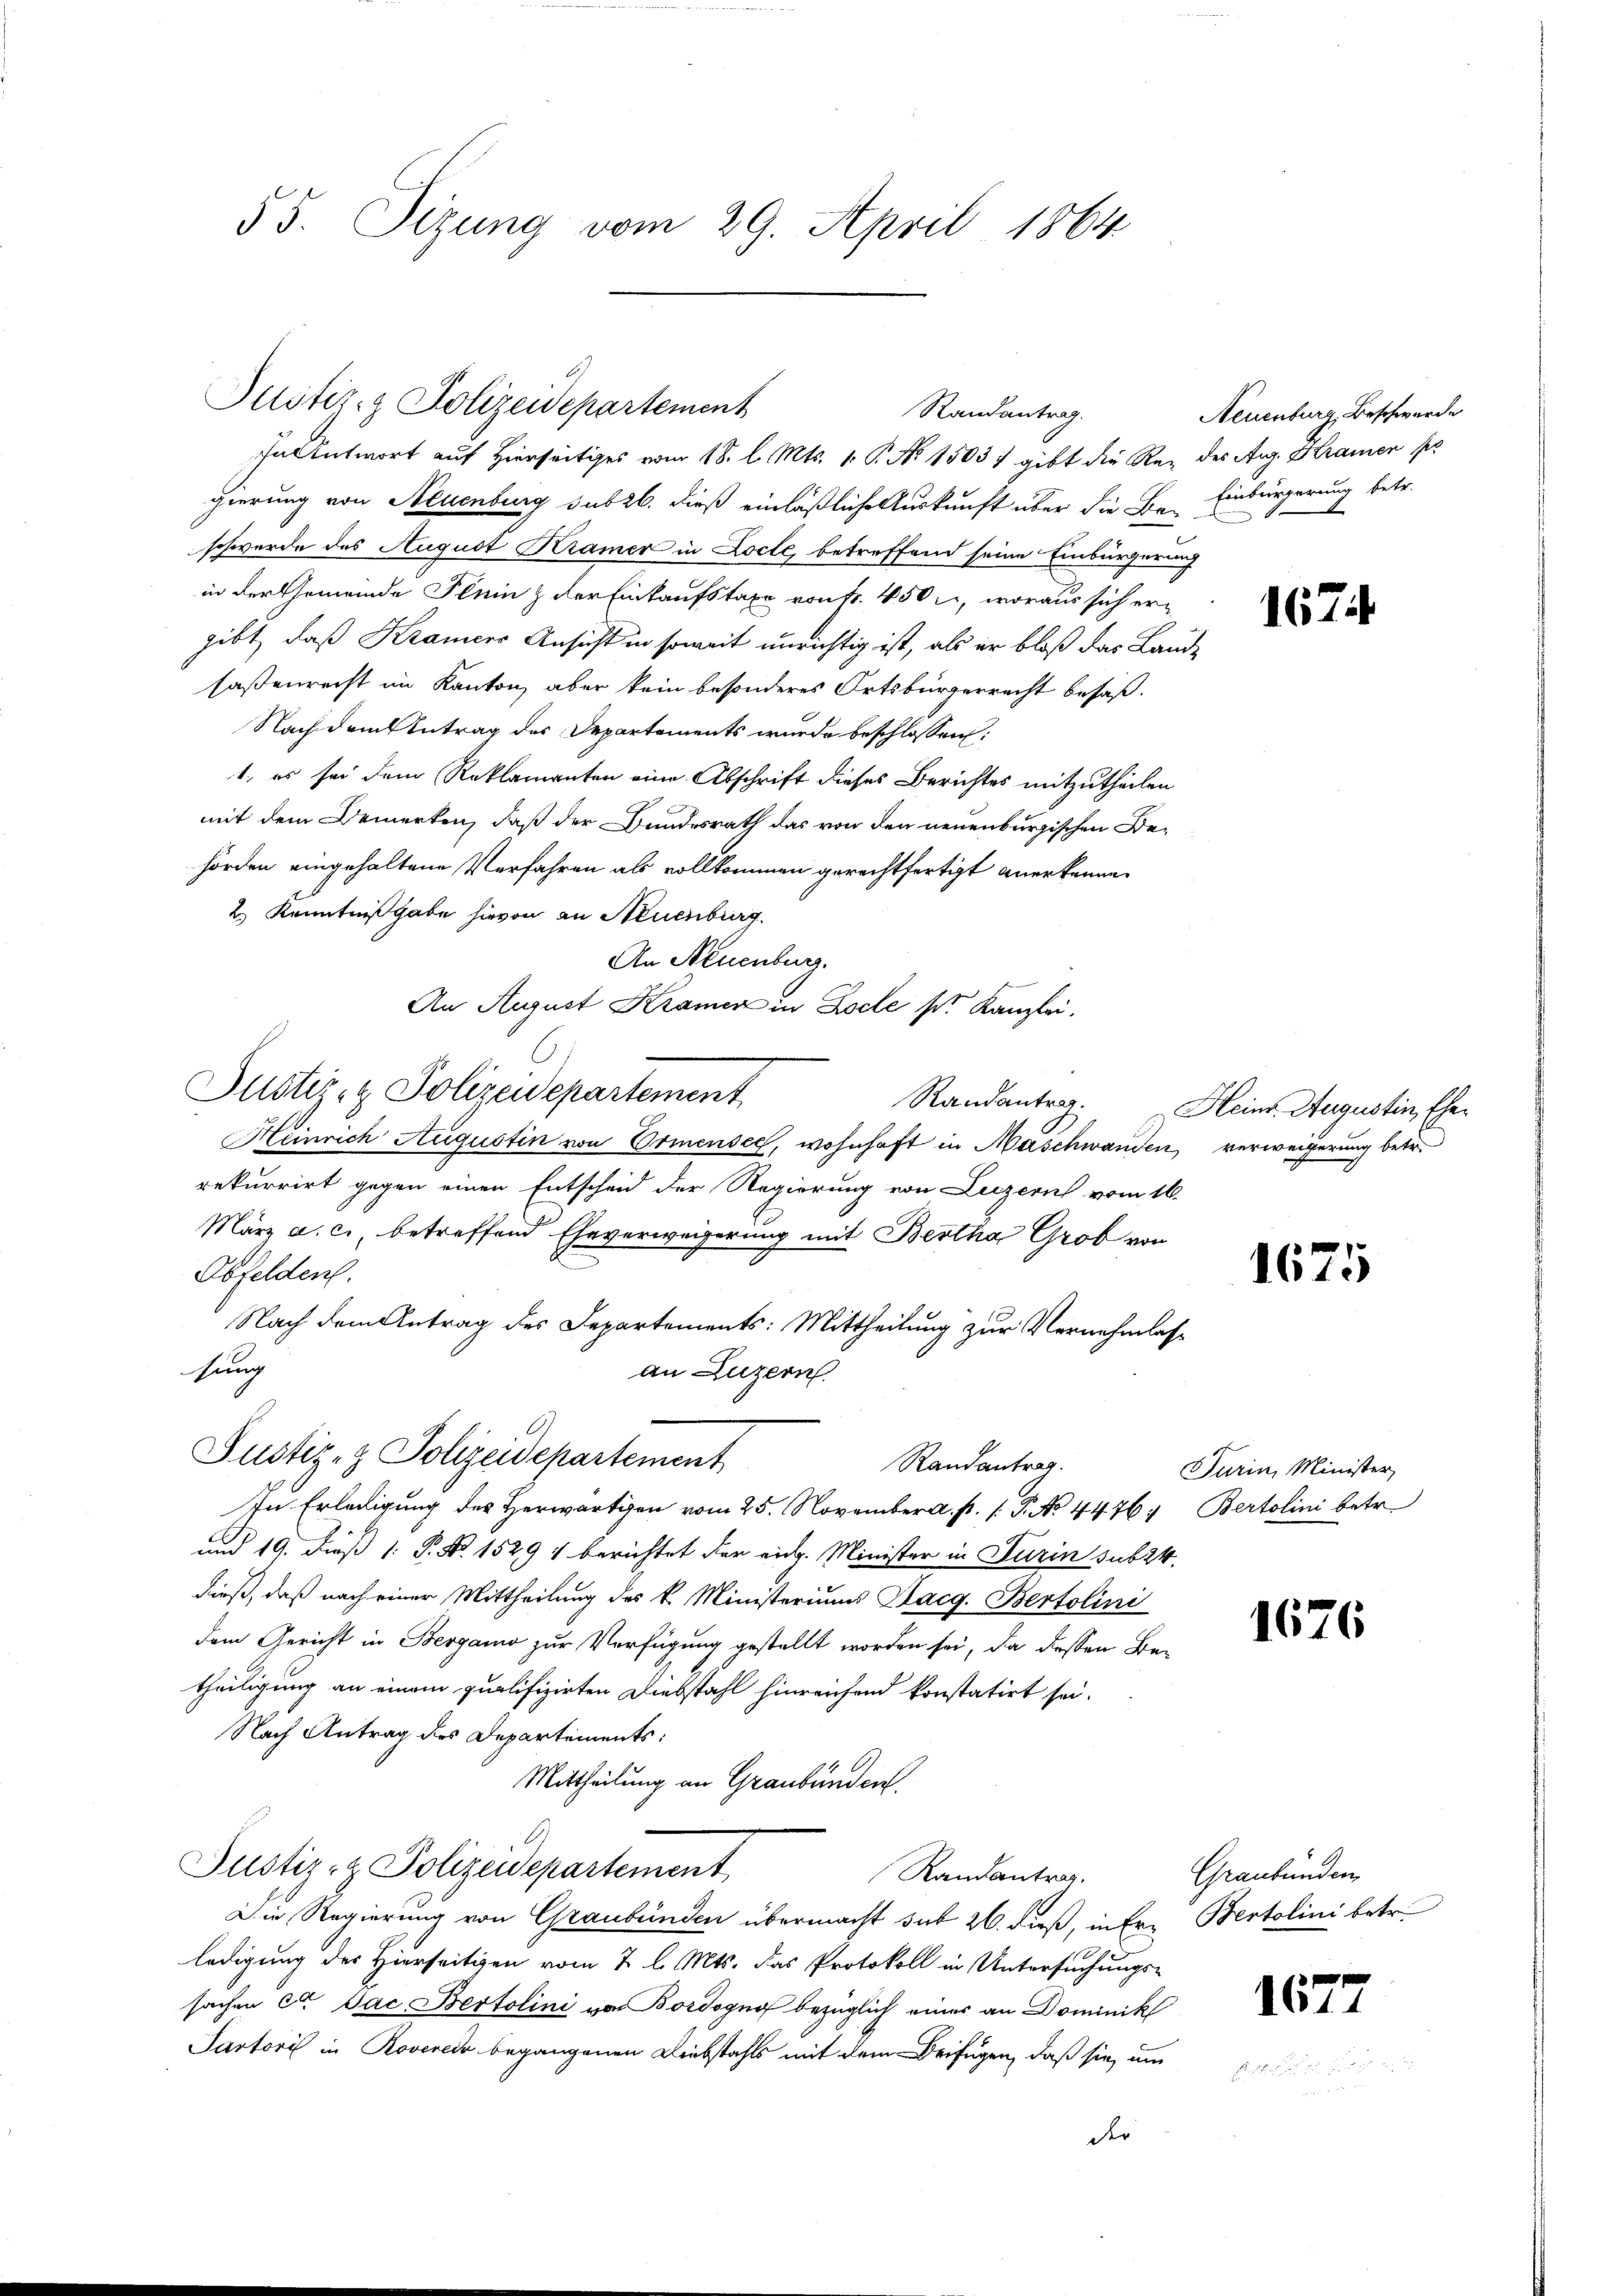
55. Sizung vom 29. April 1864

Justiz- & Polizeidepartement
Randantrag.
antwort auf Hierseitiges vom 18. l. Mts. 1. P. Nr. 1503) gibt die Rez des Aug. Kramen se

gierung von Neuenburg subr. dieß einläßliche Auskunft über die Be- Einbürgerung betr.
schwerde des August Kramer in Locte, betreffend seine Einbürgerung
in der Gemeinde Flein & der Einkaufstaxe von Fr. 450 l., woraus sich ergibt, daß Kramers Ansicht in soweit unrichtig ist, als er bloß das Lande
saßenrecht im Kanton, aber kein besonderes Ortsbürgerrecht besaß.
Nachdem Antrag des Departements wurde beschlossen:
1. es sei dem Reklamanten eine Abschrift dieses Berichtes mitzutheilen
mit dem Bemerken, daß der Bundesrath das von den neuenburgischen Behörden eingehaltene Verfahren als vollkommen gerechtfertigt anerkenne.
2.) Kenntnißgabe hievon an Neuenburg.
An Neuenburg.
An August Kramer in Loche sr. Kanzlei.
6
Justiz- & Polizeidepartement
Heinrich Augustin von Ormensee, wohnhaft in Maschwanden, verweigerung betr.
rekurrirt gegen einen Entscheid der Regierung von Luzern vom 16.
März a. c., betreffend Eheverweigerung mit Bertha Grob von
I
Obfelden.
Nach dem Antrag des Departements: Mittheilung zur Vernehmlasse
hung
an Luzern
Justiz- & Polizeidepartement
Randantrag.
In Erledigung des Herwärtigen vom 25. November a. p. 1. P. No. 4476. Bertolini betr.
und 19. dieß 1: P. Nr. 1529 1 berichtet der eich. Minister in Turin sub 24.
dieß, daß nach einer Mittheilung des k. Ministeriums Placg. Bertolini
dem Gericht in Bergamo zur Verfügung gestellt worden sei, da dessen Betheiligung an einem qualifizirten Diebstahl hinreichend konstatirt sei.
Nach Antrag des Departements:
Mittheilung an Graubünden.
A.
Justiz- & Polizeidepartement
Randantrag.
Die Regierung von Graubünden übermacht sub 26. daß, in Er- Bertolini betr.
ledigung des Hierseitigen vom 7 l. Mts. das Protokoll in Untersuchungs-
sachen ca Jac. Bertolini von Bordognof bezüglich eines an Dominik
Pastoris in Roverede begangenen Liebstahls mit dem Beifügen, daß sie um
der

Neuenburg, Beschwerde

167

Randantrag. Heinr. Augustin, Eher

1675

Turin, Minister,

1676

Graubünden

1677